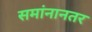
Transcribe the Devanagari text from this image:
समांनानतर